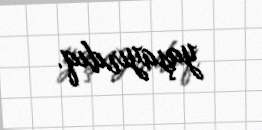
yaşayırdıq.